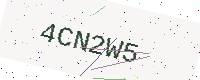
Text: 4CN2W5